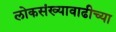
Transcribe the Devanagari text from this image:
लोकसंख्यावाढीच्या